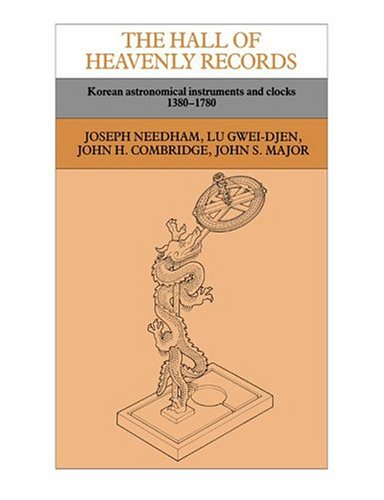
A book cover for The Hall of Heavenly Records: Korean Astronomical Instruments and Clocks, 1380-1780 (Antiquarian Horological Society Monograph); Joseph Needham; Science & Math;